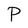
Character: P